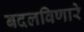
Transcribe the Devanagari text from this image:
बदलविणारे